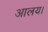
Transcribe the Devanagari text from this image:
आलय।